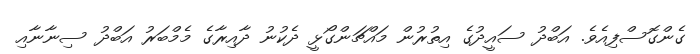
ގެންގޮސްފިއެވެ. އަބްދު ސައީދުގެ އިތުރުން މައްޗަންގޯޅީ ދެކުނު ދާއިރާގެ މެމްބަރު އަބްދު ސިނާނާއި